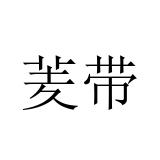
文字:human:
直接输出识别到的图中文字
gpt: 羐带